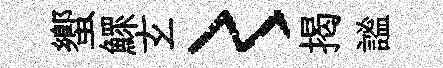
蠁鰥𤣥〻揭謐